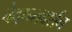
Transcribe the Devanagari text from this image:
वेदान्तदर्शन